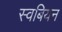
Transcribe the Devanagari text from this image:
स्वबियन